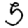
Digit: 5